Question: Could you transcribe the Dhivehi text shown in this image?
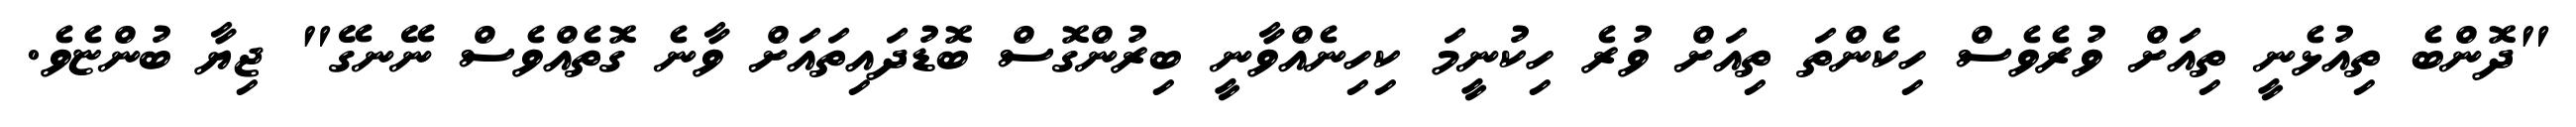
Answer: "ދޮންބެ ތިއުޅެނީ ތިއަށް ވުރެވެސް ހިކެންތަ ތިއަށް ވުރެ ހިކުނީމަ ކިހިނެއްވާނީ ބިރުންގޮސް ބޮޑުދައިތައަށް ވާނެ ގޮތެއްވެސް ނޭނގޭ" ޖިޔާ ބުންޏެވެ.